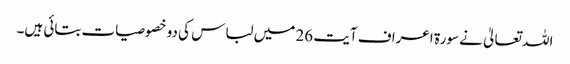
اللہ تعالیٰ نے سورۃ اعراف آیت 26 میں لباس کی دو خصوصیات بتائی ہیں۔